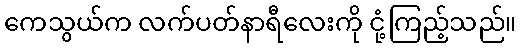
ကေသွယ်က လက်ပတ်နာရီလေးကို ငုံ့ကြည့်သည်။